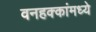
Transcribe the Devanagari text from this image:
वनहक्कांमध्ये